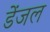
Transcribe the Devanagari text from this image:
डेंजल